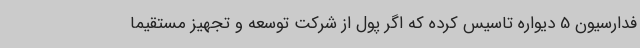
فدارسیون 5 دیواره تاسیس کرده که اگر پول از شرکت توسعه و تجهیز مستقیما